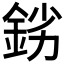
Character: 𨦒